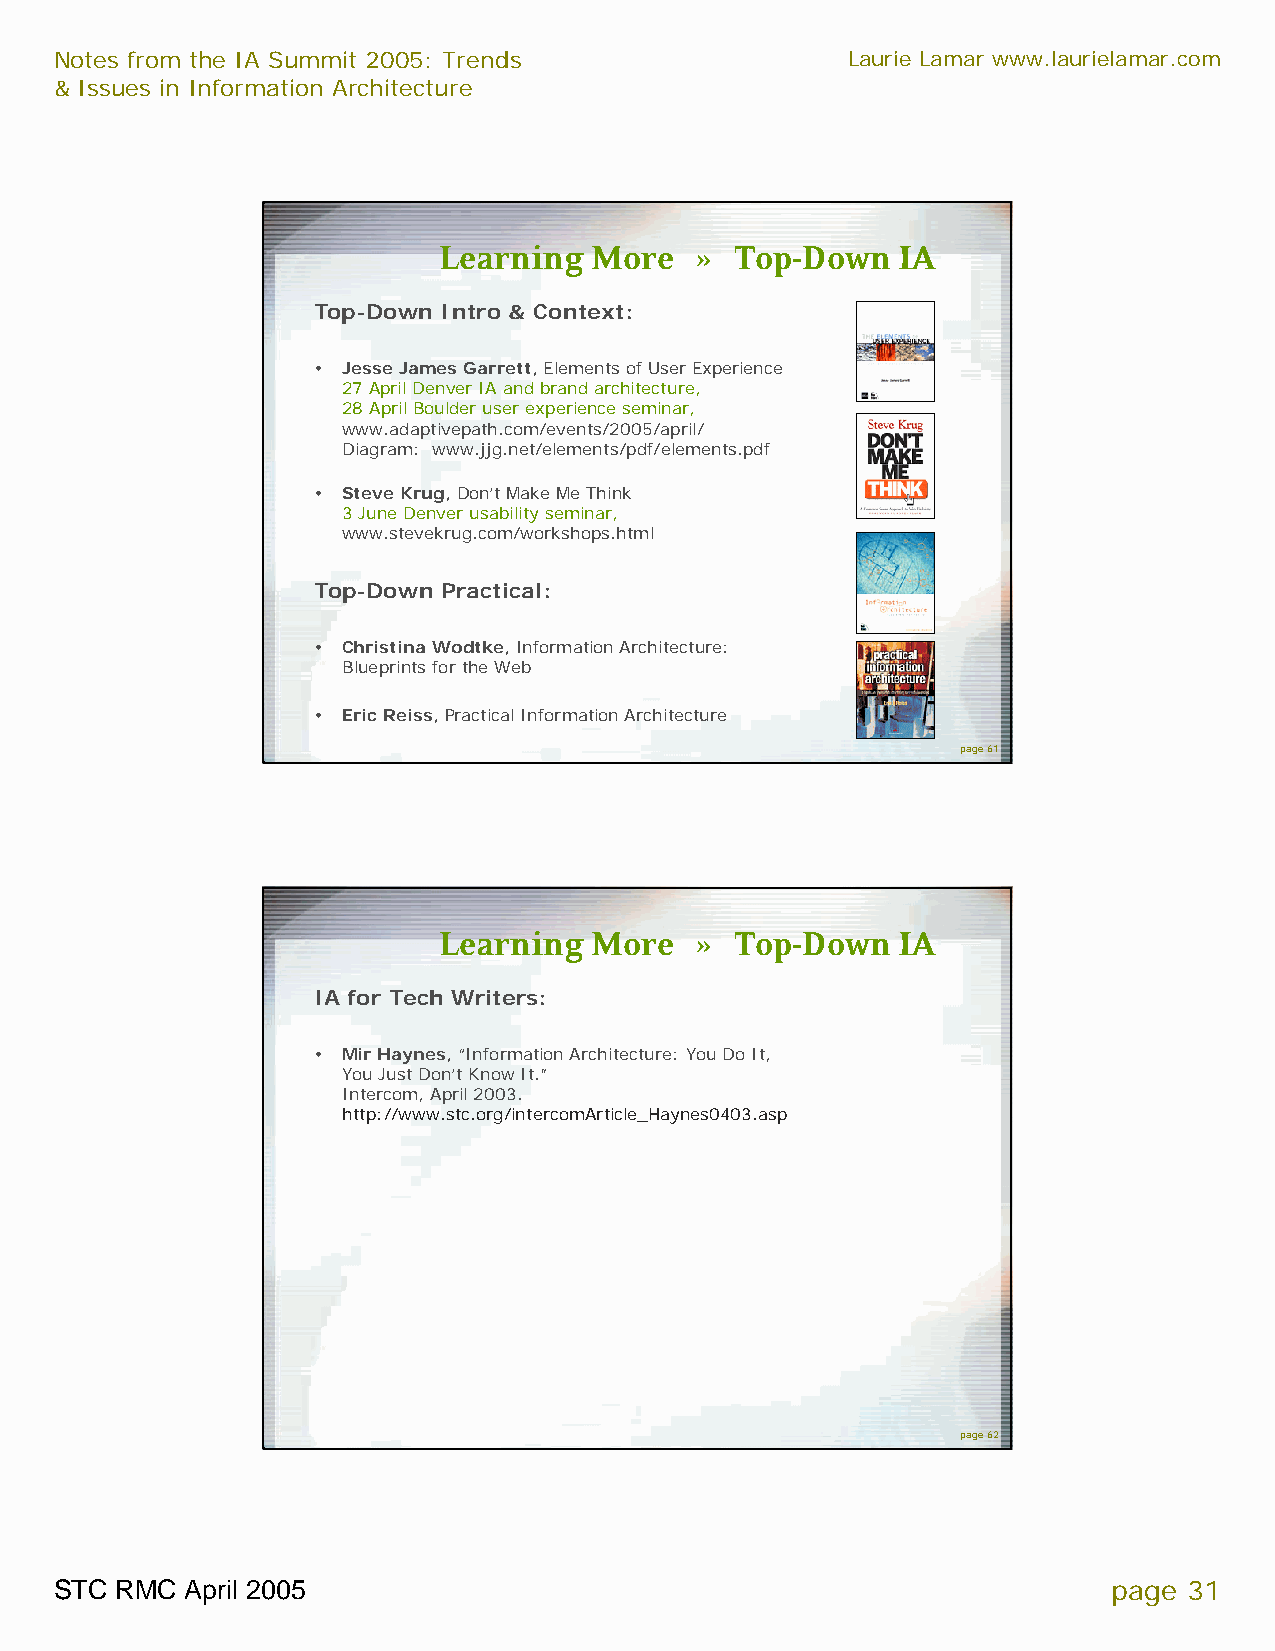
Notes from the IA Summit 2005: Trends               Laurie Lamar www.laurielamar.com
 & Issues in Information Architecture
 Learning  More   »  Top-Down  IA
 Top-Down Intro & Context:
 • Jesse James Garrett, Elements of User Experience
 27 April Denver IA and brand architecture,
 28 April Boulder user experience seminar,
 www.adaptivepath.com/events/2005/april/
 Diagram: www.jjg.net/elements/pdf/elements.pdf
 • Steve Krug, Don’t Make Me Think
 3 June Denver usability seminar,
 www.stevekrug.com/workshops.html
 Top-Down Practical:
 • Christina Wodtke, Information Architecture:
 Blueprints for the Web
 • Eric Reiss,Practical Information Architecture
 page 61
 Learning  More   »  Top-Down  IA
 IA for Tech Writers:
 • Mir Haynes, “Information Architecture: You Do It,
 You Just Don’t Know It.”
 Intercom, April 2003.
 http://www.stc.org/intercomArticle_Haynes0403.asp
 page 62
 STC RMC April 2005                                                    page 31